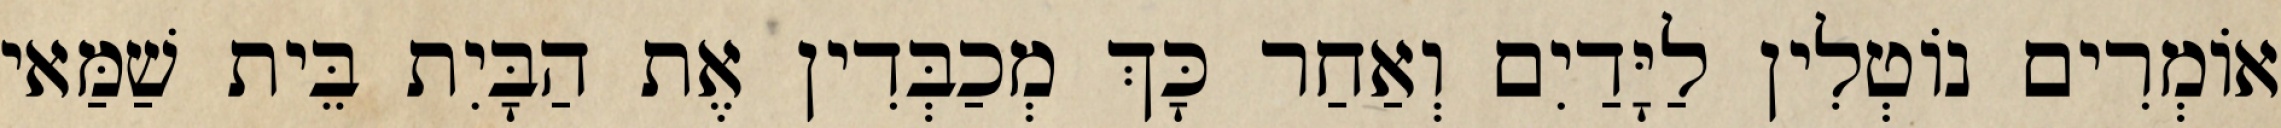
אוֹמְרִים נוֹטְלִין לַיָּדַיִם וְאַחַר כָּךְ מְכַבְּדִין אֶת הַבָּיִת בֵּית שַׁמַּאי